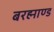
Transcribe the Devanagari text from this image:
बरह्माण्ड